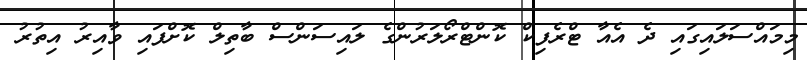
މިމައްސަލައިގައި ދެ އެއާ ޓްރެފިކް ކޮންޓްރޯލަރުންގެ ލައިސަންސް ބާތިލް ކޮށްފައި ވާއިރު އިތުރު